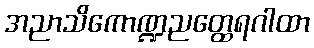
အညာသိကောဏ္ဍညတ္ထေရဂါထာ